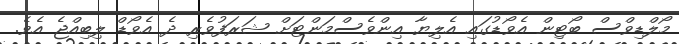
މޯލްޑިވްސް ބޯޓިން އެވޯޑުގައި އެލިޔާ އިންވެސްމަންޓަށް ޝަރަފުވެރި ދެ އެވޯޑް ލިބިއްޖެ އެވެ.